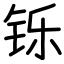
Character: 铄